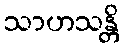
သာဟသန္တိ